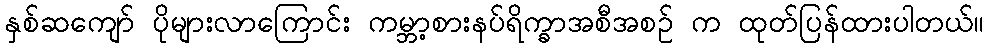
နှစ်ဆကျော် ပိုများလာကြောင်း ကမ္ဘာ့စားနပ်ရိက္ခာအစီအစဉ် က ထုတ်ပြန်ထားပါတယ်။